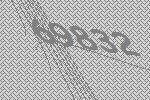
69832